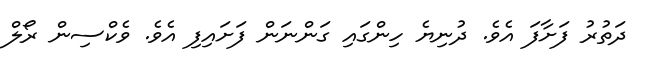
ދަތުރު ފަށާފަ އެވެ. ދުނިޔެ ހިންގައި ގަންނަން ފަށައިފި އެވެ. ވެކްސިން ރޯލް